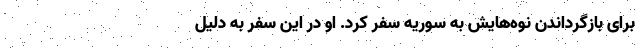
برای بازگرداندن نوه‌هایش به سوریه سفر کرد. او در این سفر به دلیل